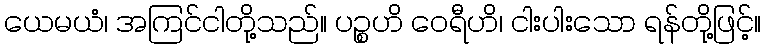
ယေမယံ၊ အကြင်ငါတို့သည်။ ပဉ္စဟိ ဝေရီဟိ၊ ငါးပါးသော ရန်တို့ဖြင့်။